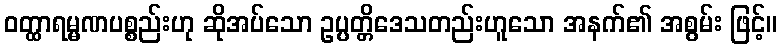
ဝတ္ထာရမ္မဏပစ္စည်းဟု ဆိုအပ်သော ဥပ္ပတ္တိဒေသတည်းဟူသော အနက်၏ အစွမ်း ဖြင့်။